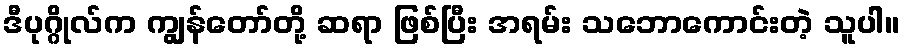
ဒီပုဂ္ဂိုလ်က ကျွန်တော်တို့ ဆရာ ဖြစ်ပြီး အရမ်း သဘောကောင်းတဲ့ သူပါ။